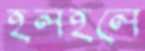
হলহলে